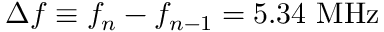
\Delta f \equiv f _ { n } - f _ { n - 1 } = 5 . 3 4 ~ \mathrm { M H z }